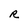
Character: R